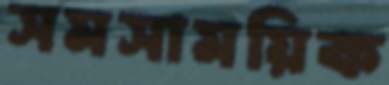
সমসাময়িক